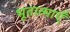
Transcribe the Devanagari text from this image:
भूतात्माएँ